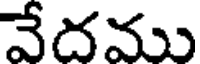
వేదము